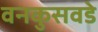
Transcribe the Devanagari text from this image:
वनकुसवडे